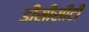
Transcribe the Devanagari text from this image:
डीसीसीटी